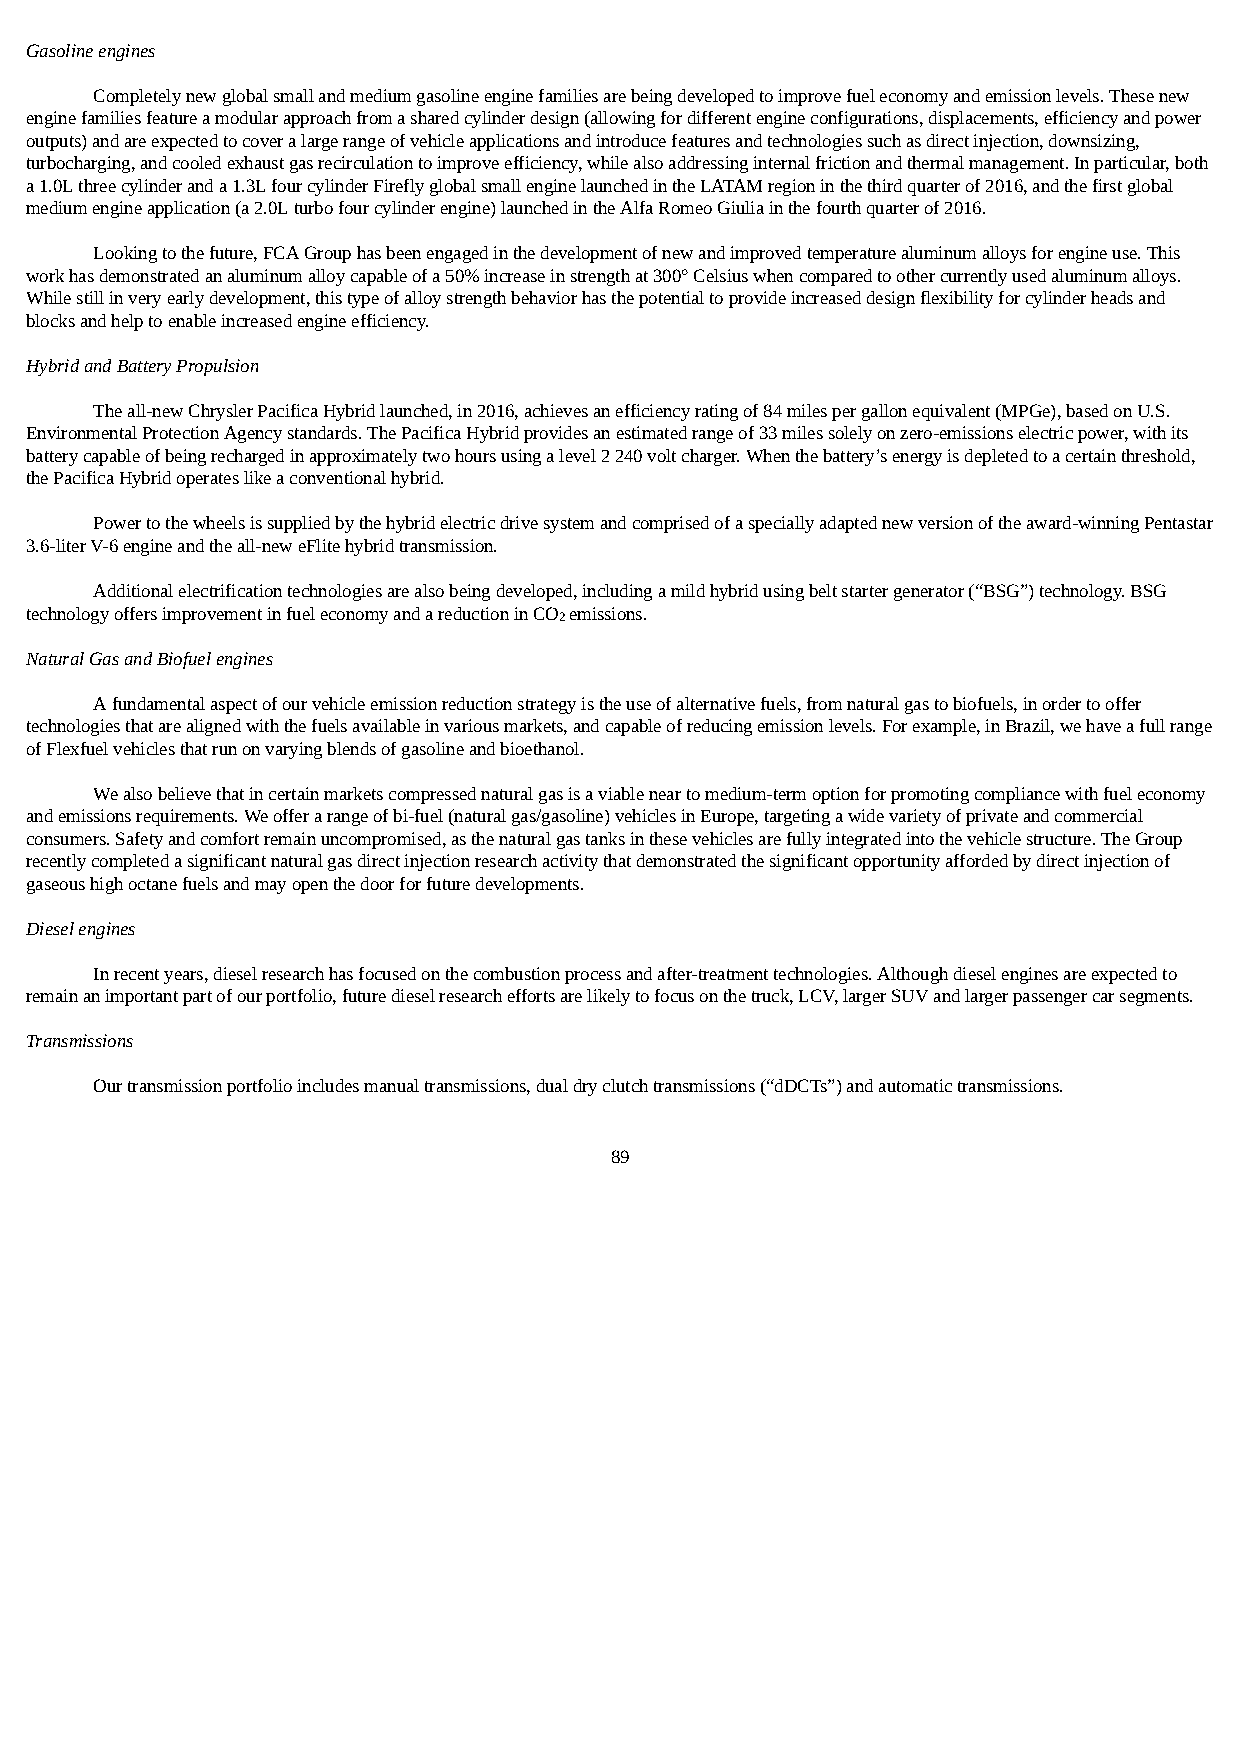
Gasoline engines
 Completely new global small and medium gasoline engine families are being developed to improve fuel economy and emission levels. These new
 engine families feature a modular approach from a shared cylinder design (allowing for different engine configurations, displacements, efficiency and power
 outputs) and are expected to cover a large range of vehicle applications and introduce features and technologies such as direct injection, downsizing,
 turbocharging, and cooled exhaust gas recirculation to improve efficiency, while also addressing internal friction and thermal management. In particular, both
 a 1.0L three cylinder and a 1.3L four cylinder Firefly global small engine launched in the LATAM region in the third quarter of 2016, and the first global
 medium engine application (a 2.0L turbo four cylinder engine) launched in the Alfa Romeo Giulia in the fourth quarter of 2016.
 Looking to the future, FCA Group has been engaged in the development of new and improved temperature aluminum alloys for engine use. This
 work has demonstrated an aluminum alloy capable of a 50% increase in strength at 300° Celsius when compared to other currently used aluminum alloys.
 While still in very early development, this type of alloy strength behavior has the potential to provide increased design flexibility for cylinder heads and
 blocks and help to enable increased engine efficiency.
 Hybrid and Battery Propulsion
 The all-new Chrysler Pacifica Hybrid launched, in 2016, achieves an efficiency rating of 84 miles per gallon equivalent (MPGe), based on U.S.
 Environmental Protection Agency standards. The Pacifica Hybrid provides an estimated range of 33 miles solely on zero-emissions electric power, with its
 battery capable of being recharged in approximately two hours using a level 2 240 volt charger. When the battery’s energy is depleted to a certain threshold,
 the Pacifica Hybrid operates like a conventional hybrid.
 Power to the wheels is supplied by the hybrid electric drive system and comprised of a specially adapted new version of the award-winning Pentastar
 3.6-liter V-6 engine and the all-new eFlite hybrid transmission.
 Additional electrification technologies are also being developed, including a mild hybrid using belt starter generator (“BSG”) technology. BSG
 technology offers improvement in fuel economy and a reduction in CO2 emissions.
 Natural Gas and Biofuel engines
 A fundamental aspect of our vehicle emission reduction strategy is the use of alternative fuels, from natural gas to biofuels, in order to offer
 technologies that are aligned with the fuels available in various markets, and capable of reducing emission levels. For example, in Brazil, we have a full range
 of Flexfuel vehicles that run on varying blends of gasoline and bioethanol.
 We also believe that in certain markets compressed natural gas is a viable near to medium-term option for promoting compliance with fuel economy
 and emissions requirements. We offer a range of bi-fuel (natural gas/gasoline) vehicles in Europe, targeting a wide variety of private and commercial
 consumers. Safety and comfort remain uncompromised, as the natural gas tanks in these vehicles are fully integrated into the vehicle structure. The Group
 recently completed a significant natural gas direct injection research activity that demonstrated the significant opportunity afforded by direct injection of
 gaseous high octane fuels and may open the door for future developments.
 Diesel engines
 In recent years, diesel research has focused on the combustion process and after-treatment technologies. Although diesel engines are expected to
 remain an important part of our portfolio, future diesel research efforts are likely to focus on the truck, LCV, larger SUV and larger passenger car segments.
 Transmissions
 Our transmission portfolio includes manual transmissions, dual dry clutch transmissions (“dDCTs”) and automatic transmissions.
 89